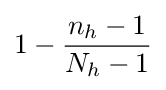
1-{\frac {n_{h}-1}{N_{h}-1}}